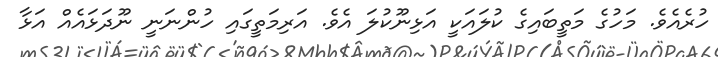
ހުރެއެވެ. މަހުގެ މަތީބައިގެ ކުލައަކީ އަޅިނޫކުލަ އެވެ. އަރިމަތީގައި ހުންނަނީ ނޫދަޅައެއް އަޅާ